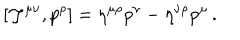
LaTeX: [ { \cal J } ^ { \mu \nu } , p ^ { \rho } ] = \eta ^ { \mu \rho } p ^ { \nu } - \eta ^ { \nu \rho } p ^ { \mu } \, .